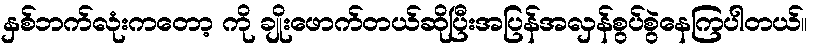
နှစ်ဘက်လုံးကတော့ ကို ချိုးဖောက်တယ်ဆိုပြီးအပြန်အလှန်စွပ်စွဲနေကြပါတယ်။